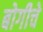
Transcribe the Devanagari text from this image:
बोगीचे